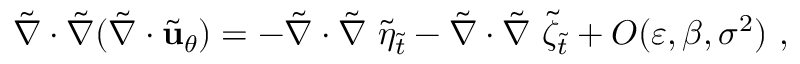
\tilde { \nabla } \cdot \tilde { \nabla } ( \tilde { \nabla } \cdot \tilde { \mathbf { u } } _ { \theta } ) = - \tilde { \nabla } \cdot \tilde { \nabla } ~ \tilde { \eta } _ { \tilde { t } } - \tilde { \nabla } \cdot \tilde { \nabla } ~ { \tilde { \zeta } } _ { \tilde { t } } + O ( \varepsilon , \beta , \sigma ^ { 2 } ) \ ,